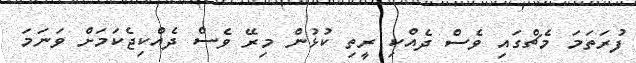
ފުރަތަމަ މެޗްގައި ވެސް ދެއްކި ރީތި ކުޅުން މިރޭ ވެސް ދެއްކިޖެކަމަށް ވަނަމަ